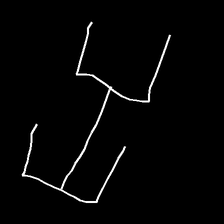
Glyph: entwine